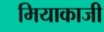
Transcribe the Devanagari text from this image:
मियाकाजी